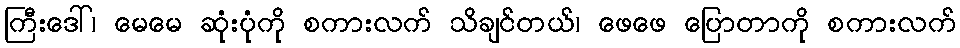
ကြီးဒေါ်၊ မေမေ ဆုံးပုံကို စကားလက် သိချင်တယ်၊ ဖေဖေ ပြောတာကို စကားလက်